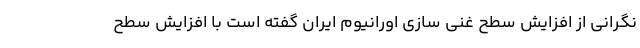
نگرانی از افزایش سطح غنی سازی اورانیوم ایران گفته است با افزایش سطح